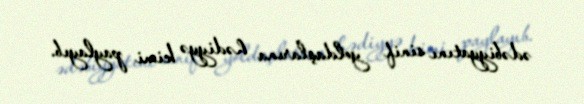
ədəbiyyatını sinif yoldaşlarına hədiyyə kimi paylayıb.